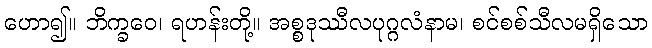
ဟော၍။ ဘိက္ခဝေ၊ ရဟန်းတို့။ အစ္စဒုဿီလပုဂ္ဂလံနာမ၊ စင်စစ်သီလမရှိသော